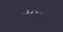
સમાતા